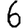
Digit: 6